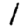
Digit: 1